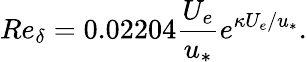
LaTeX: Re_{\delta}=0.02204\frac{U_{e}}{u_{*}}e^{\kappa U_{e}/u_{*}}.